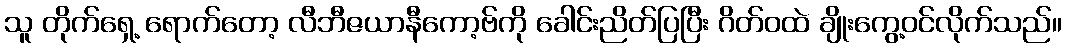
သူ တိုက်ရှေ့ ရောက်တော့ လီဘီဇယာနီကော့ဗ်ကို ခေါင်းညိတ်ပြပြီး ဂိတ်ဝထဲ ချိုးကွေ့ဝင်လိုက်သည်။